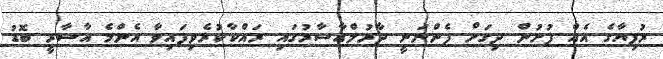
ރުފިޔާގެ އެއް ފުށުން ދިގަށް ފެންނަނީ ދާރުލްއާސާރުގައި ރައްކާކުރެވިފައިވާ އެންމެ އާސާރީ ބޮޑު